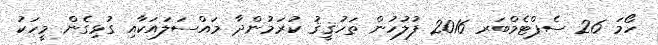
ހޯމަ 26 ސެޕްޓެމްބަރ 2016 ފުލުހުން ތަހުޤީޤު ކުރަމުންދާ މައްސަލައަކާއި ގުޅިގެން މީހަކު